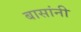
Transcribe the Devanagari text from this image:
बासांनी